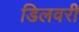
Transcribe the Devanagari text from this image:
डिलवरी